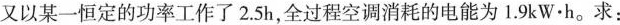
又以某一恒定的功率工作了2.5h，全过程空调消耗的电能为1.9kW·h。求：